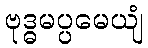
ဗုဒ္ဓမပ္ပမေယျံ